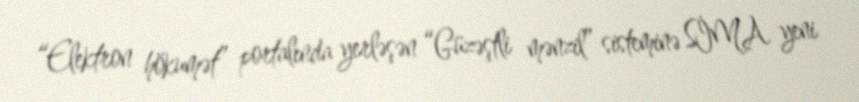
“Elektron hökumət” portalında yerləşən “Güzəştli mənzil” sisteminə SİMA yeni